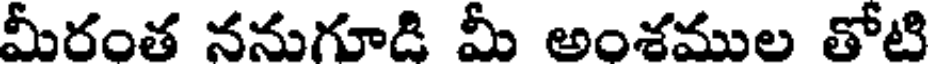
మీరంత ననుగూడి మీ అంశముల తోటి